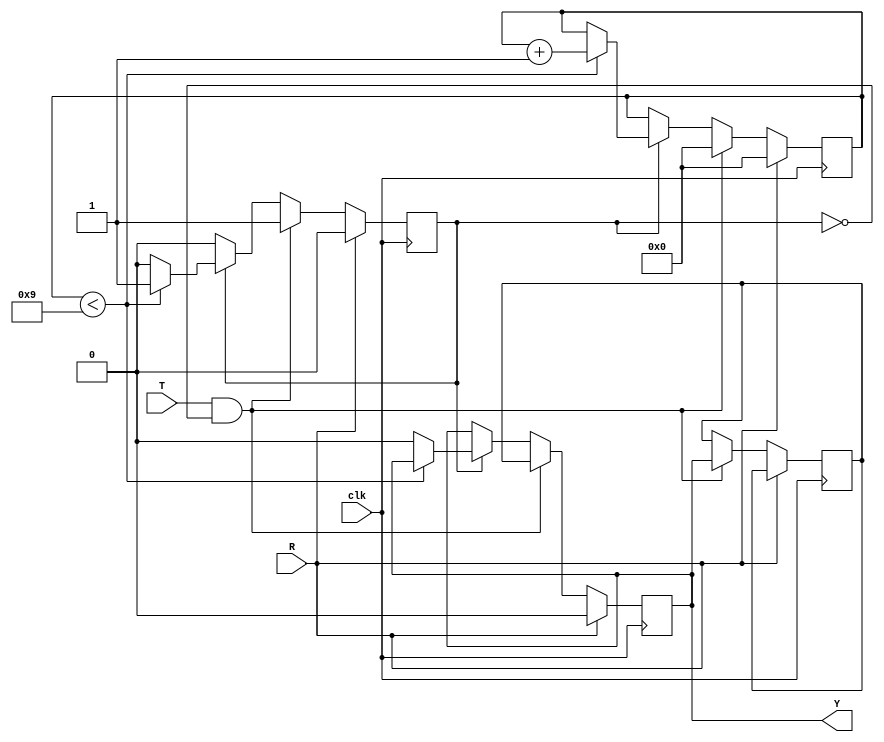
module hold_condition #(
    parameter H = 10 // Default hold time in clock cycles
)(
    input wire clk,       // Clock signal
    input wire T,         // Trigger input
    input wire R,         // Reset input
    output reg Y          // Hold output
);

    // State to hold the value during the hold period
    reg [H-1:0] hold_counter; // Counter for hold duration
    reg hold_active;          // Flag to indicate if hold is active
    reg initial_value;        // To store the value of Y at the time of trigger

    always @(posedge clk) begin
        if (R) begin
            // Reset condition
            Y <= 1'b0;         // Reset output to predefined state (0)
            hold_active <= 1'b0; // Deactivate hold
            hold_counter <= 0; // Reset hold counter
        end else if (T && !hold_active) begin
            // Rising edge detected on Trigger Input
            initial_value <= Y; // Capture the current state of Y
            Y <= initial_value; // Hold the current state
            hold_active <= 1'b1; // Activate hold
            hold_counter <= 0; // Initialize hold counter
        end else if (hold_active) begin
            // If hold is active, increment the hold counter
            if (hold_counter < H - 1) begin
                hold_counter <= hold_counter + 1; // Increment hold counter
            end else begin
                // Hold duration expired
                Y <= 1'b0; // Return to default state (0)
                hold_active <= 1'b0; // Deactivate hold
            end
        end
    end

endmodule